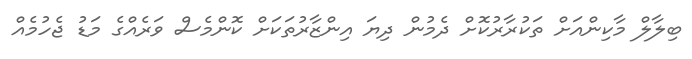
ބިލާލް މާކިންއަށް ތަކުރާރުކޮށް ދެމުން ދިޔަ އިންޒާރުތަކަށް ކޮންމެސް ވަރެއްގެ މަޑު ޖެހުމެއް